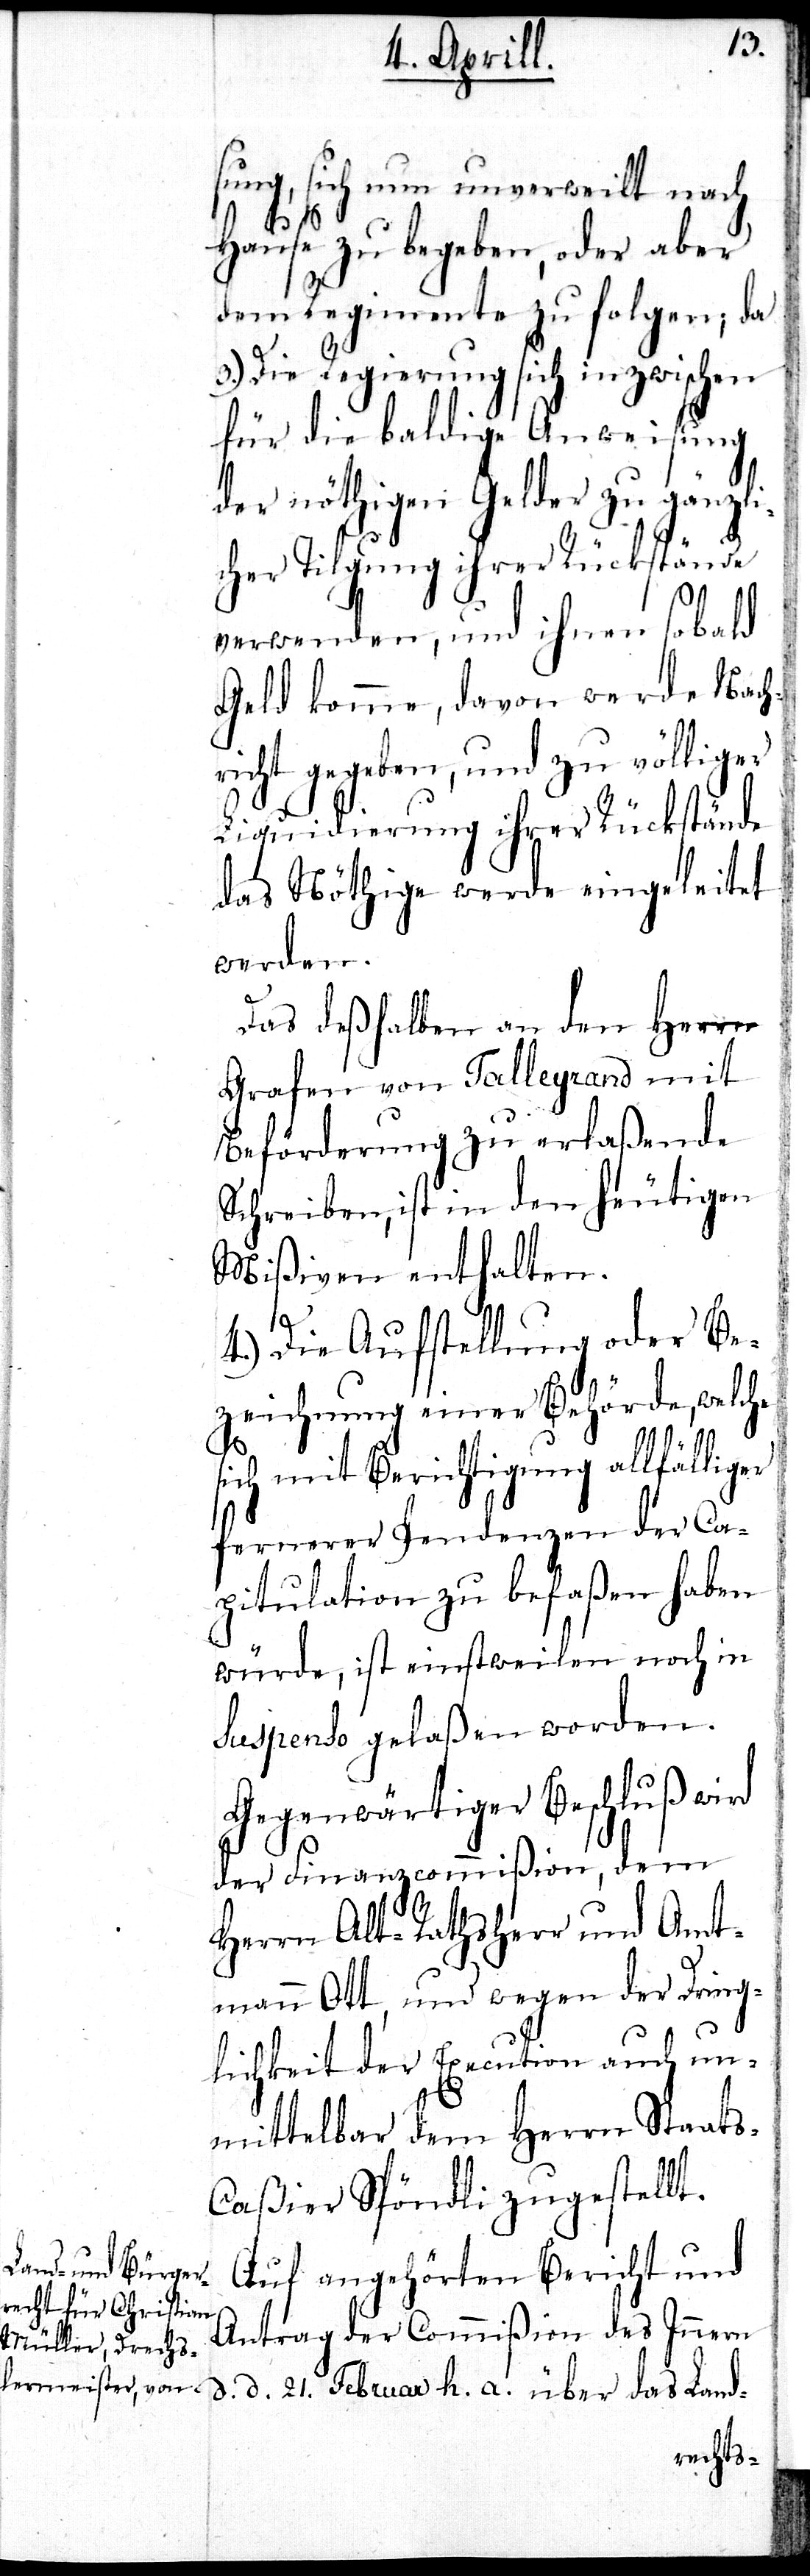
sung, sich nun unverweilt nach
Hause zu begeben, oder aber
dem Regimente zu folgen; da
3.) Die Regierung sich inzwischen
für die baldige Anweisung
der nöthigen Gelder zu gänz¬
cher Tilgung ihrer Rückstände
verwenden, und ihnen sobald
Geld komme, davon werde Nach¬
richt gegeben, und zu völliger
Liquidierung ihrer Rückstände
das Nöthige werde eingeleitet
werden.
Das deßhalben an den Herrn
Grafen von Talleyrand mit
Beförderung zu erlaßende
Schreiben, ist in den heutigen
Mißiven enthalten.
4.) Die Aufstellung oder Be¬
zeichnung einer Behörde, wel¬
che
sich mit Berichtigung allfälliger
fernerer Pendenzen der Ca¬
pitulation zu befaßen haben
würde, ist einstweilen noch in
Suspendo gelaßen worden.
Gegenwärtiger Beschluß wird
der Finanzcommißion, dem
Herrn Alt-Rathsherr und Amt¬
mann Ott, und wegen der Dring¬
lichkeit der Execution auch un¬
mittelbar dem Herrn Staat¬
s-Caßier Spöndli zugestellt.
Auf angehörten Bericht und
Antrag der Commißion des Innern
d. d. 21. Februar h. a. über das Land-